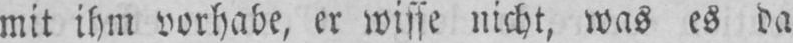
mit ihm vorhabe, er wisse nicht, was es da